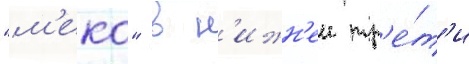
"м'еко" в н'ижн'еи тр'е́т'и